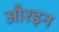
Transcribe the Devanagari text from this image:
औरइन